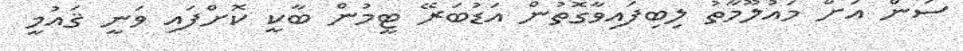
ސަން އަށް މައުލޫމާތު ލިބިފައިވާގޮތުން އަޑުބަރޭ ޓީމުން ބާކީ ކޮށްފައި ވަނީ ޤައުމީ